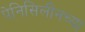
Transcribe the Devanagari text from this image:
पेनिसिलीनच्या